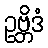
ဥဗ္ဘိဒံ